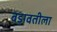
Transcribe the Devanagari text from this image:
बड़ावतीला